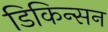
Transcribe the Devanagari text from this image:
डिकिन्‍सन